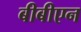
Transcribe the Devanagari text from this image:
बीबीएन